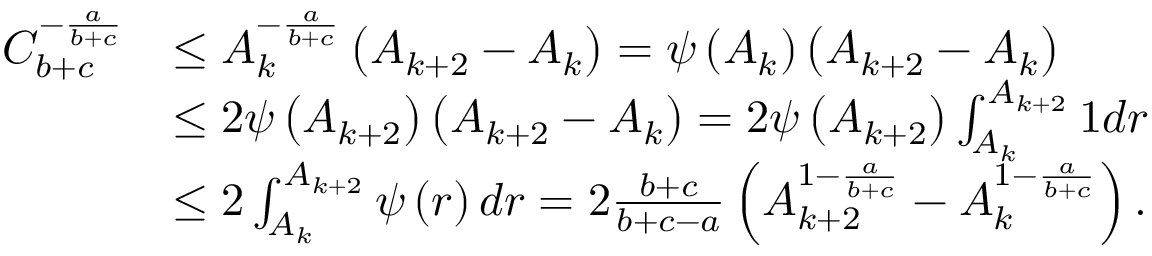
\begin{array} { r l } { C _ { b + c } ^ { - \frac { a } { b + c } } } & { \leq A _ { k } ^ { - \frac { a } { b + c } } \left( A _ { k + 2 } - A _ { k } \right) = \psi \left( A _ { k } \right) \left( A _ { k + 2 } - A _ { k } \right) } \\ & { \leq 2 \psi \left( A _ { k + 2 } \right) \left( A _ { k + 2 } - A _ { k } \right) = 2 \psi \left( A _ { k + 2 } \right) \int _ { A _ { k } } ^ { A _ { k + 2 } } 1 d r } \\ & { \leq 2 \int _ { A _ { k } } ^ { A _ { k + 2 } } \psi \left( r \right) d r = 2 \frac { b + c } { b + c - a } \left( A _ { k + 2 } ^ { 1 - \frac { a } { b + c } } - A _ { k } ^ { 1 - \frac { a } { b + c } } \right) . } \end{array}